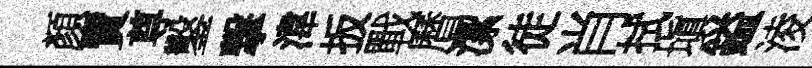
顏賣尊鑿撃湋扳戰曆潔徒肖拭塡鎰淩